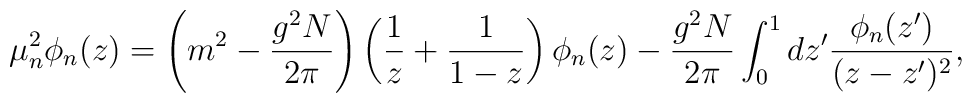
\mu^2_n \phi_n(z)=\left(m^2-\frac{g^2N}{2\pi}\right)\left(\frac{1}{z}+\frac{1}{1-z}\right)\phi_n(z)-\frac{g^2N}{2\pi}\int_0^1 dz' \frac{\phi_n(z')}{(z-z')^2},